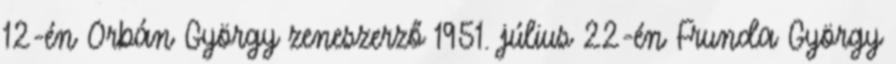
12-én Orbán György zeneszerző 1951. július 22-én Frunda György